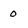
Character: 0